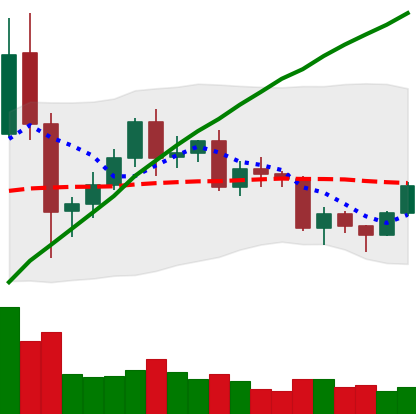
Ticker: BNB-USD
Chart end date: 2020-12-13
Forward return: 6.311%
Label: up_5_7